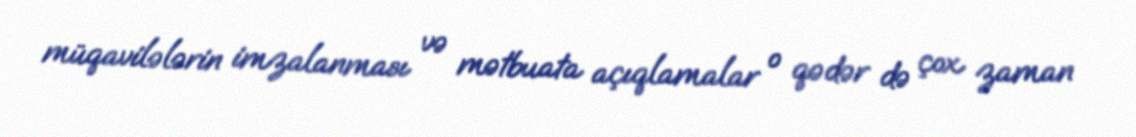
müqavilələrin imzalanması və mətbuata açıqlamalar o qədər də çox zaman